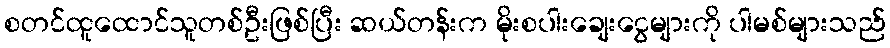
စတင်ထူထောင်သူတစ်ဦးဖြစ်ပြီး ဆယ်တန်းက မိုးစပါးချေးငွေများကို ပါမစ်များသည်